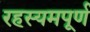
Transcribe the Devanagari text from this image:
रहस्यमपूर्ण